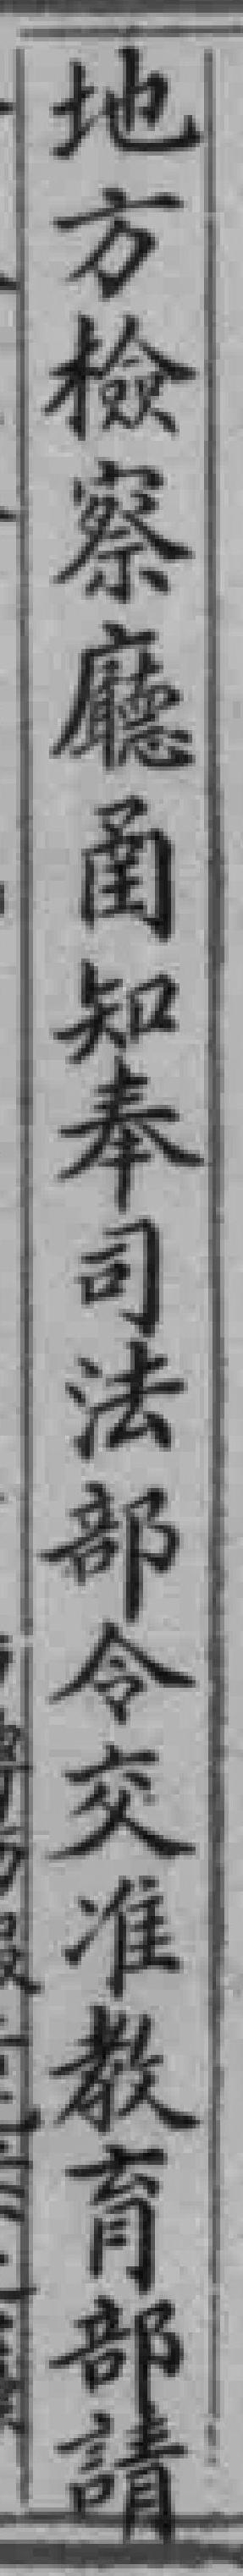
地方檢察廳圅知奉司法部令交准教育部請